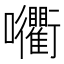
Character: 𡆚